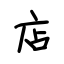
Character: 店